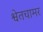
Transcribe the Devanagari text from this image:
श्वेतचामर